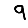
Digit: 9